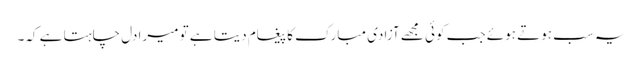
یہ سب ہوتے ہوئے جب کوئی مجھے آزادی مبارک کا پیغام دیتا ہے تو میرا دل چاہتا ہے کہ۔